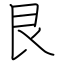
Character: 艮